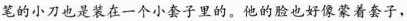
笔的小刀也是装在一个小套子里的。他的脸也好像蒙着套子，